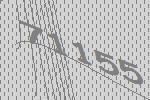
71155